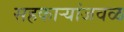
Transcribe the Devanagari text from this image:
सहकार्‍यांजवळ